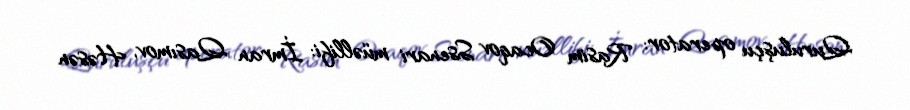
Quruluşçu operator: Rasim Ocaqov Ssenari müəllifi: İmran Qasımov, Həsən